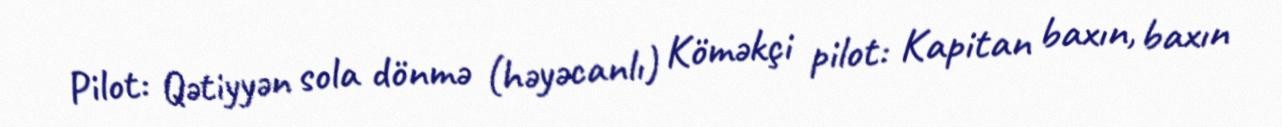
Pilot: Qətiyyən sola dönmə (həyəcanlı) Köməkçi pilot: Kapitan baxın, baxın